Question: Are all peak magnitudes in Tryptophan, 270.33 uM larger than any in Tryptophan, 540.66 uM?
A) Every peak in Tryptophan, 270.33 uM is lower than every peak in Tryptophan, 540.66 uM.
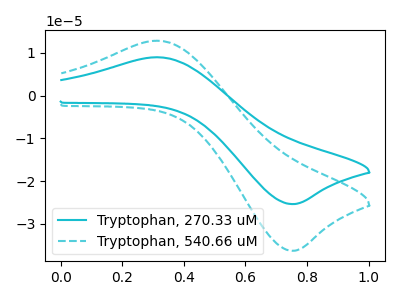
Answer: <think>The cyan curve "Tryptophan, 270.33 uM" has an anodic peak at (0.30V, 9.00uA) and a cathodic peak at (0.75V, -25.35uA). The cyan dashed curve "Tryptophan, 540.66 uM" has an anodic peak at (0.30V, 12.85uA) and a cathodic peak at (0.75V, -36.25uA).</think>
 <answer>A) Every peak in "Tryptophan, 270.33 uM" is lower than every peak in "Tryptophan, 540.66 uM".</answer>
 <eval>A</eval>